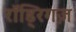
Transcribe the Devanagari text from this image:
रॉड्रिगज़